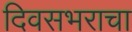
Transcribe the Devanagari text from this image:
दिवसभराचा